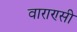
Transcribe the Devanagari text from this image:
वाराण्सी